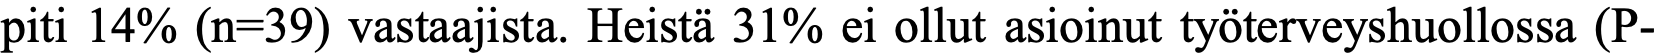
piti 14% (n=39) vastaajista. Heistä 31% ei ollut asioinut työterveyshuollossa (P-